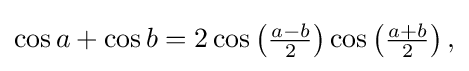
{\textstyle \cos a+\cos b=2\cos \left({a-b \over 2}\right)\cos \left({a+b \over 2}\right),}